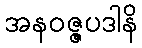
အနဝဇ္ဇပဒါနိ